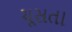
ચૂસતા